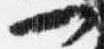
一